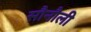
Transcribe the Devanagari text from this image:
सौनौली